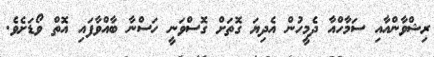
ރިޝްވާންއާއި ސަމާހްއާ ދެމީހުން އެދިޔަ ގޮތަށް ގޮސްވަނީ ހަސްނާ ބާއްވާފައި އޮތް ވޯޑަށެވެ.